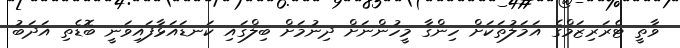
ވާތީ ޓެރަރިޒަމްގެ އަމަލުތަކަށް ހިންގާ މީހުންނަށް ދިނުމަށް ބިލްގައި ކަނޑައަޅާފައިވަނީ ބޮޑެތި އަދަބު